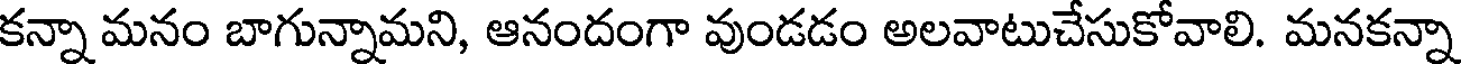
కన్నా మనం బాగున్నామని, ఆనందంగా వుండడం అలవాటుచేసుకోవాలి. మనకన్నా